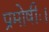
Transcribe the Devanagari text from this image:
प्रमोषीः।